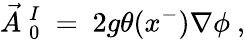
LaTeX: \vec{A}~_{0}^{I}~=~2g\theta(x^{-})\nabla\phi~,